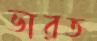
ভারত